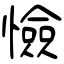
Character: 憸